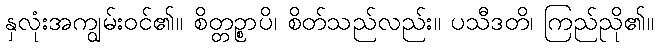
နှလုံးအကျွမ်းဝင်၏။ စိတ္တဉ္စာပိ၊ စိတ်သည်လည်း။ ပသီဒတိ၊ ကြည်ညို၏။